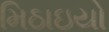
મિઠાઇયો